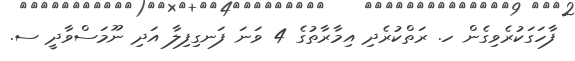
ފާހަގަކުރެވިގެން ހ. ރަތްކުރެދި އިމާރާތުގެ 4 ވަނަ ފަނގިފިލާ އަދި ނޫމަސްވާދީ ސ.